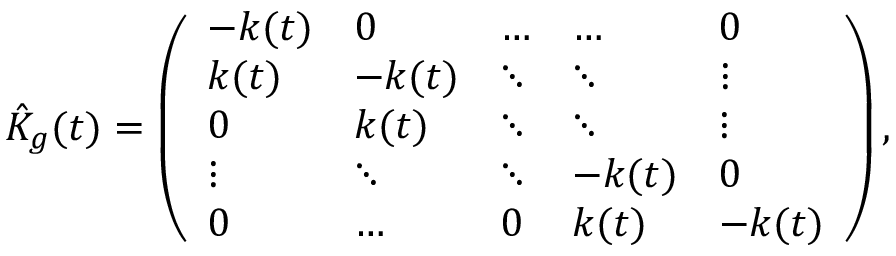
\hat { K } _ { g } ( t ) = \left( \begin{array} { l l l l l } { - k ( t ) } & { 0 } & { \hdots } & { \hdots } & { 0 } \\ { k ( t ) } & { - k ( t ) } & { \ddots } & { \ddots } & { \vdots } \\ { 0 } & { k ( t ) } & { \ddots } & { \ddots } & { \vdots } \\ { \vdots } & { \ddots } & { \ddots } & { - k ( t ) } & { 0 } \\ { 0 } & { \hdots } & { 0 } & { k ( t ) } & { - k ( t ) } \end{array} \right) ,